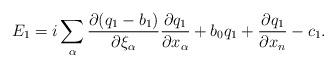
LaTeX: \begin{align*} E_1=i\sum_\alpha\frac{\partial (q_1-b_1)}{\partial \xi_\alpha}\frac{\partial q_1}{\partial x_\alpha}+b_0q_1+\frac{\partial q_1}{\partial x_n} - c_1. \end{align*}